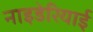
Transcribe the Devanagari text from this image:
नाइडेरियाई